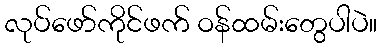
လုပ်ဖော်ကိုင်ဖက် ဝန်ထမ်းတွေပါပဲ။